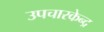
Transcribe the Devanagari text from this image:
उपचारकेन्द्र